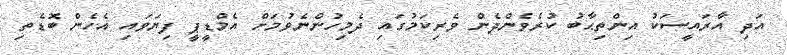
އަދި އާރައީސަކު އިންތިޙާބު ކުރެވެންދެން ވެރިކަމުގައި ދެމިހުންނެވުމަށް އެމްޑީޕީ ފިޔަވައި އެހެން ބޮޑެތި